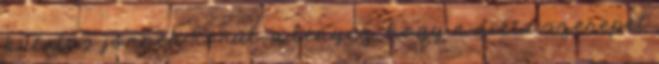
kutatás jönnek körül, a lényeg, hogy a diéta szerepet